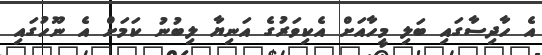
އެ ހާދިސާގައި ބަލި މީހާއަށް އެކިވަރުގެ އަނިޔާ ލިބުނު ކަމަށް އެ ނޫހުގައި